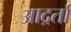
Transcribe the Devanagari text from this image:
आद्रर्ता